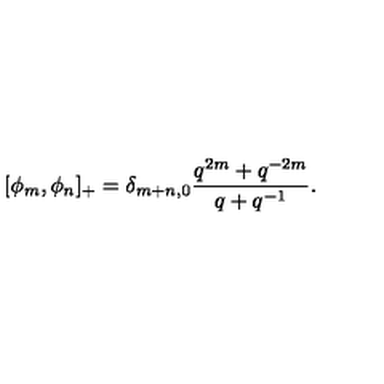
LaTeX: [ \phi _ { m } , \phi _ { n } ] _ { + } = \delta _ { m + n , 0 } { \frac { q ^ { 2 m } + q ^ { - 2 m } } { q + q ^ { - 1 } } } .